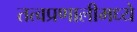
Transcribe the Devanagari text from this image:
तत्वप्रणालीमध्ये